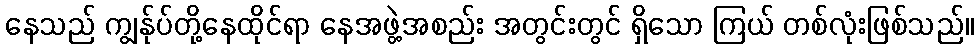
နေသည် ကျွန်ုပ်တို့နေထိုင်ရာ နေအဖွဲ့အစည်း အတွင်းတွင် ရှိသော ကြယ် တစ်လုံးဖြစ်သည်။